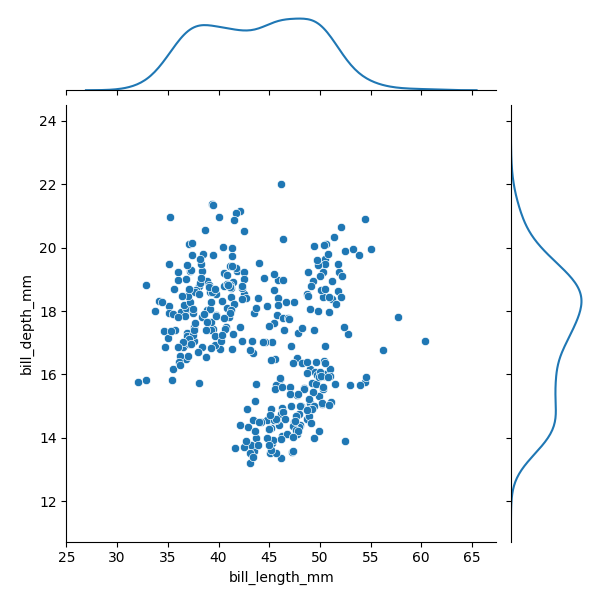
python, seaborn, JointGrid, scatterplot, kdeplot